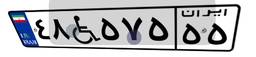
۴۸W۵۷۵۵۵